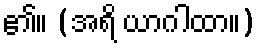
၏။ (အရိ ယာဂါထာ။)